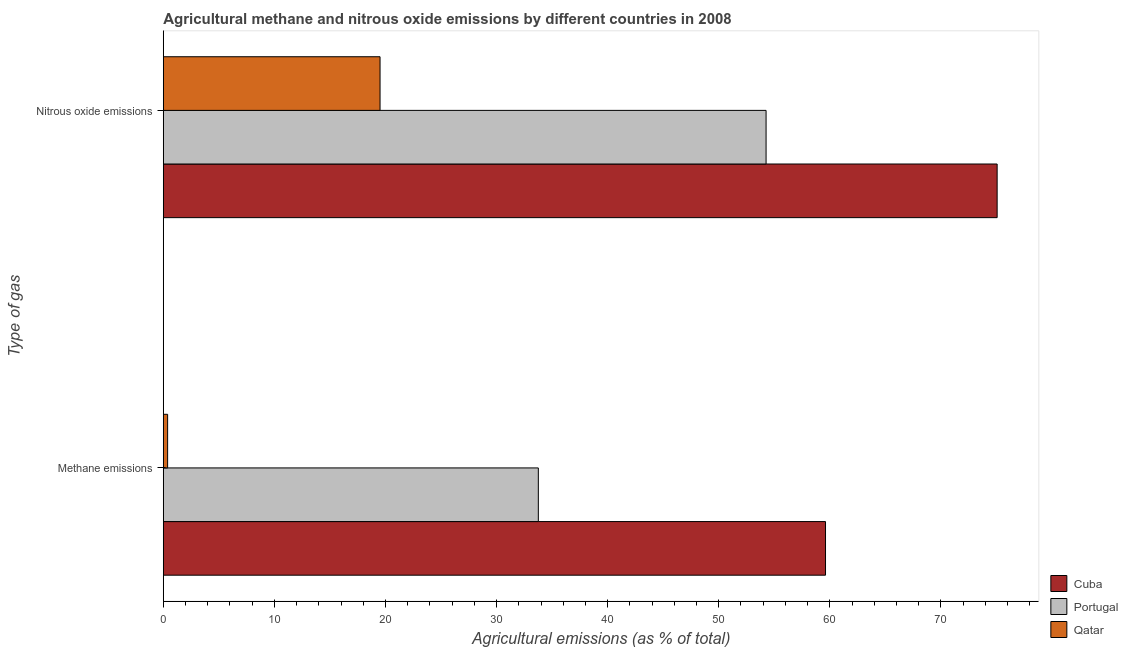
| Type of gas | Cuba | Portugal | Qatar |
 | --- | --- | --- | --- |
 | Methane emissions | 59.6 | 33.8 | 0.39 |
 | Nitrous oxide emissions | 75.1 | 54.3 | 19.5 |